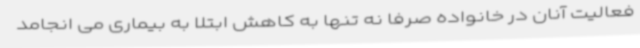
فعالیت آنان در خانواده صرفا نه تنها به کاهش ابتلا به بیماری می انجامد